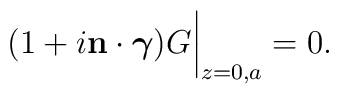
(1+i{\bf n\cdot \mbox{\boldmath$\gamma$}})G\bigg|_{z=0,a}=0.